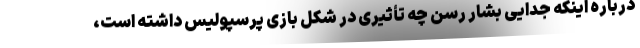
درباره اینکه جدایی بشار رسن چه تأثیری در شکل بازی پرسپولیس داشته است،